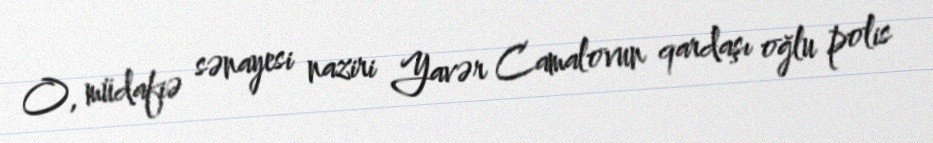
O, müdafiə sənayesi naziri Yavər Camalovun qardaşı oğlu polis